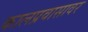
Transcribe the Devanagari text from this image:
कालप्रवासावर